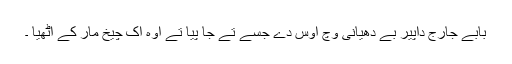
بابے جارج داپیر بے دھیانی وچ اوس دے جُسے تے جا پیا تے اوہ اک چیخ مار کے اٹھیا ۔